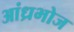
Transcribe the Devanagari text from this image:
आंध्रभोज